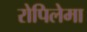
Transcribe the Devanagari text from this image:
रोपिलेमा